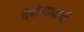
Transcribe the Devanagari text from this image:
देशीवादाची